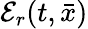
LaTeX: {\mathcal E}_{r}(t,{\bar{x}})